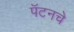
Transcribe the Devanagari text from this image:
पॅटनचे